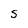
Character: S